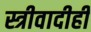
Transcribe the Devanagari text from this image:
स्त्रीवादीही